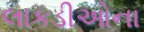
લાકડીઓના